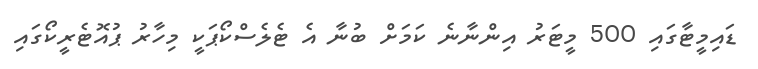
ޑައިމީޓާގައި 500 މީޓަރު އިންނާނެ ކަމަށް ބުނާ އެ ޓެލެސްކޯޕަކީ މިހާރު ޕުއޮޓެރީކޯގައި